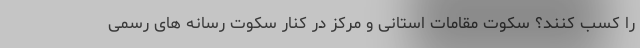
را کسب کنند؟ سکوت مقامات استانی و مرکز در کنار سکوت رسانه های رسمی